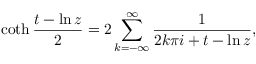
\coth { \frac { t - \ln z } { 2 } } = 2 \sum _ { k = - \infty } ^ { \infty } { \frac { 1 } { 2 k \pi i + t - \ln z } } ,